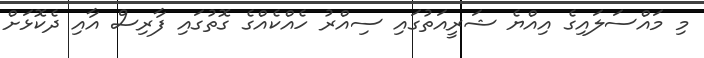
މި މައްސަލައިގެ އިއްޔެ ޝަރީއަތުގައި ސިއްރު ހެއްކެއްގެ ގޮތުގައި ފާރިސް އާއި ދެކޮޅަށް